Report on vaccination in Madras 1877-1894 - 1877-1894
Year: 1877
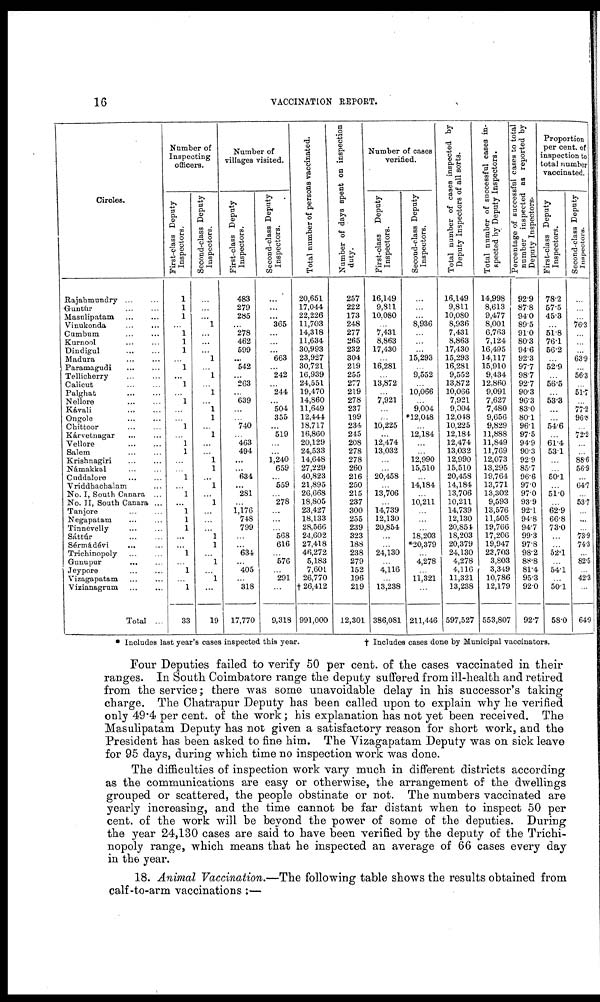
16
VACCINATION REPORT.
Circles.
Rajahmundry
...
...
Guntúr
...
...
Masulipatam ... ...
Vinukonda
...
...
Cumbum ... ...
Kurnool
...
...
Dindigul
...
...
Madura ... ...
Paramagudi ... ...
Tellicherry
...
...
Calicut
...
...
Palghat
...
...
Nellore ... ...
Kávali
...
...
Ongole ... ...
Chittoor
...
...
Kárvetnagar
...
...
Vellore
...
...
Salem ... ...
Krishnagiri ... ...
Námakkal ... ...
Cuddalore
...
...
Vriddhaohalum ...
No. I, South Canara ...
No. II, South Canara ...
Tanjore ... ...
Negapatam ... ...
Tinnevelly ... ...
Sáttúr
...
...
Sérmádévi
... ...
Trichinopoly ... ...
Gunupur ... ...
Jeypore ... ...
Vizagapatam ... ...
Vizianagrum ... ...
Total ...
Number of
Inspecting
officers.
First-class Deputy
Inspectors.
1
1
1
...
1
1
1
...
1
...
1
...
1
...
...
1
...
1
1
...
...
...
...
1
...
1
1
1
...
...
1
...
1
...
1
33
Second-class Deputy
Inspectors.
...
...
...
1
...
...
...
1
...
1
...
1
...
1
1
...
1
...
...
1
1
...
1
...
1
...
...
...
1
1
...
...
1
...
19
Number of
villages visited.
First-class Deputy
Inspectors.
483
279
285
...
278
462
599
...
542
...
263
...
639
...
...
740
...
463
494
...
...
634
...
281
...
1,176
748
799
...
634
405
318
17,770
Second-class Deputy
Inspectors.
...
...
...
365
...
...
...
663
...
242
...
244
...
504
355
...
519
...
...
1,240
659
...
559
...
278
...
...
...
568
616
...
576
...
291
...
9,318
Total number of persons vaccinated.
20,651
17,044
22,226
11,703
14,318
11,634
30,993
23,927
30,721
16,939
24,551
19,470
14,860
11,649
12,444
18,717
16,860
20,129
24,533
14,648
27,229
40,823
21,895
26,668
18,805
23,427
18,133
28,566
24,602
27,418
46,272
5,183
7,601
26,770
† 26,412
991,000
Number of days spent on inspection
duty.
257
222
173
248
277
265
232
304
219
255
277
219
278
237
199
234
245
208
278
278
260
216
250
215
237
300
255
239
323
188
238
279
152
196
219
12,301
Number of cases
verified.
First-class Deputy
Inspectors.
16,149
9,811
10,080
...
7,431
8,863
17,430
...
16,281
...
13,872
...
7,921
...
...
10,225
...
12,474
13,032
...
...
20,458
...
13,706
...
14,739
12,130
20,854
...
...
24,130
...
4,116
...
13,238
386,081
Second-class Deputy
Inspectors.
...
...
...
8,936
...
...
...
15,293
...
9,552
...
10,066
...
9,004
*12,048
...
12,184
...
...
12,990
15,510
...
14,184
...
10,211
...
...
...
18,203
*20,379
...
4,278
...
11,321
...
211,446
Total number of cases inspected by
Deputy Inspectors of all sorts.
16,149
9,811
10,080
8,936
7,431
8,863
17,430
15,293
16,281
9,552
13,872
10,066
7,921
9,004
12,048
10,225
12,184
12,474
13,032
12,990
15,510
20,458
14,184
13,706
10,211
14,739
12,130
20,854
18,203
20,379
24,130
4,278
4,116
11,321
13,238
597,527
Total number of successful cases in-
spected by Deputy Inspectors.
14,998
8,613
9,477
8,001
6,763
7,124
16,495
14,117
15,910
9,434
12,860
9,091
7,627
7,480
9,656
9,829
11,888
11,849
11,769
12,073
13,295
19,764
13,771
13,302
9,593
13,576
11,505
19,766
17,206
19,947
23,703
3,803
3,349
10,786
12,179
553,807
Percentage of successful cases to total
number inspected as reported by
Deputy Inspectors.
92.9
87.8
94.0
89.5
91.0
80.3
94.6
92.3
97.7
98.7
92.7
90.3
96.3
83.0
80.1
96.1
97.5
94.9
90.3
92.9
85.7
96.6
97.0
97.0
93.9
92.1
94.8
94.7
99.3
97.8
98.2
88.8
81.4
95.3
92.0
92.7
Proportion
per cent. of
inspection to
total number
vaccinated.
First-class Deputy
Inspectors.
78.2
57.5
45.3
...
51.8
76.1
56.2
...
52.9
...
56.5
...
53.3
...
...
54.6
...
61.4
53.1
...
...
50.1
...
51.0
...
62.9
66.8
73.0
...
...
52.1
...
54.1
...
50.1
58.0
Second-class Deputy
Inspectors.
...
...
...
76.3
...
...
...
63.9
...
56.3
...
51.7
...
77.2
96.8
...
72.2
...
...
88.6
56.9
...
64.7
53.7
...
...
...
73.9
74.3
...
82.5
...
42.3
...
64.9
* Includes last year's cases inspected this year.
† Includes cases done by Municipal vaccinators.
Four Deputies failed to verify 50 per cent. of the cases vaccinated in their
ranges. In South Coimbatore range the deputy suffered from ill-health and retired
from the service; there was some unavoidable delay in his successor's taking
charge. The Chatrapur Deputy has been called upon to explain why he verified
only 49.4 per cent. of the work; his explanation has not yet been received. The
Masulipatam Deputy has not given a satisfactory reason for short work, and the
President has been asked to fine him. The Vizagapatam Deputy was on sick leave
for 95 days, during which time no inspection work was done.
The difficulties of inspection work vary much in different districts according
as the communications are easy or otherwise, the arrangement of the dwellings
grouped or scattered, the people obstinate or not. The numbers vaccinated are
yearly increasing, and the time cannot be far distant when to inspect 50 per
cent.of the work will be beyond the power of some of the deputies. During
the year 24,130 cases are said to have been verified by the deputy of the Trichi-
nopoly range, which means that he inspected an average of 66 cases every day
in the year.
18. Animal Vaccination.—The following table shows the results obtained from
calf-to-arm vaccinations :—